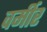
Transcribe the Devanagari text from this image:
वर्मीर